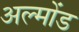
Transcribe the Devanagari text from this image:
अल्मोंड